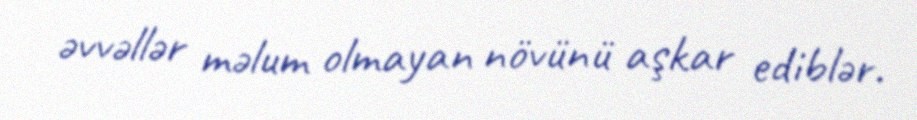
əvvəllər məlum olmayan növünü aşkar ediblər.